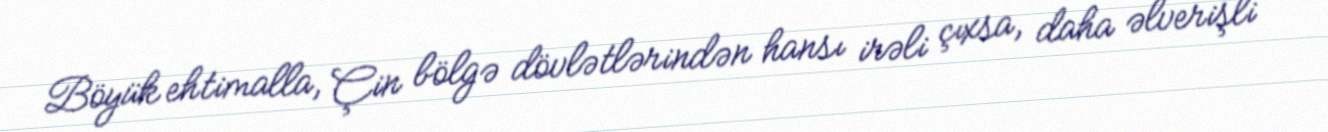
Böyük ehtimalla, Çin bölgə dövlətlərindən hansı irəli çıxsa, daha əlverişli